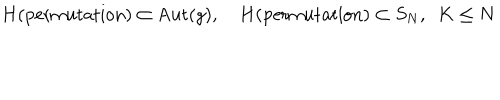
H ( \mathrm { p e r m u t a t i o n } ) \subset \mathrm { A u t } ( g ) , \quad H ( \mathrm { p e r m u t a t i o n } ) \subset S _ { N } , \, \, \, K \leq N